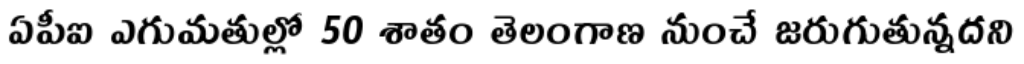
ఏపీఐ ఎగుమతుల్లో 50 శాతం తెలంగాణ నుంచే జరుగుతున్నదని